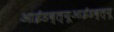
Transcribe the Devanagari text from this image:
आईडब्ल्यूआईडब्ल्यू